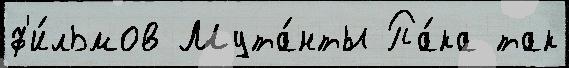
ф'и́льмов Мута́нты Па́ка так